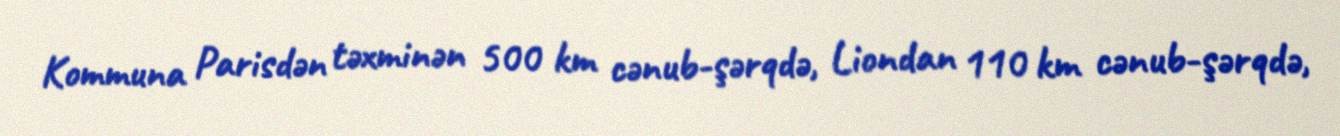
Kommuna Parisdən təxminən 500 km cənub-şərqdə, Liondan 110 km cənub-şərqdə,